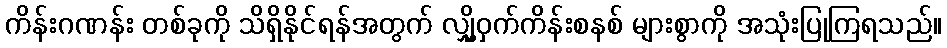
ကိန်းဂဏန်း တစ်ခုကို သိရှိနိုင်ရန်အတွက် လျှို့ဝှက်ကိန်းစနစ် များစွာကို အသုံးပြုကြရသည်။